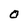
Character: O